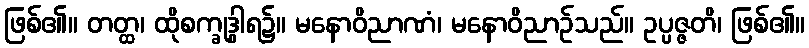
ဖြစ်၏။ တတ္ထ၊ ထိုစက္ခုဒွါရ၌။ မနောဝိညာဏံ၊ မနောဝိညာဉ်သည်။ ဥပ္ပဇ္ဇတိ၊ ဖြစ်၏။